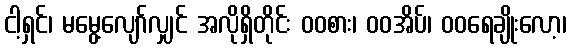
ငါ့ရှင်၊ မမွေ့လျော်လျှင် အလိုရှိတိုင်း ဝဝစား၊ ဝဝအိပ်၊ ဝဝရေချိုးလော့၊